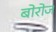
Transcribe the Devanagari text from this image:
बोरोज